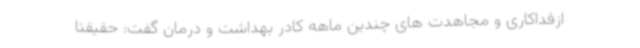
ازفداکاری و مجاهدت های چندین ماهه کادر بهداشت و درمان گفت: حقیقتا